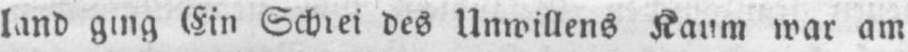
des Unwillens Kaum war am